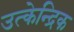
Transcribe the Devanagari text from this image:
उत्केन्द्रिक